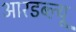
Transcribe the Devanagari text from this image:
आरडब्ल्यू